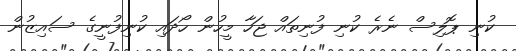
ކުނި ޕޮލިސް ނެރެ ކުނި ފުނިތައް ޖަހާ މީހުން ހޯދައި ކުނިފުނީގެ ސައިޒުން